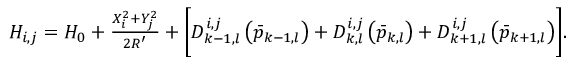
\begin{array} { r } { H _ { i , j } = H _ { 0 } + \frac { X _ { i } ^ { 2 } + Y _ { j } ^ { 2 } } { 2 R ^ { \prime } } + \biggl [ D _ { k - 1 , l } ^ { i , j } \left( \Bar { p } _ { k - 1 , l } \right) + D _ { k , l } ^ { i , j } \left( \Bar { p } _ { k , l } \right) + D _ { k + 1 , l } ^ { i , j } \left( \Bar { p } _ { k + 1 , l } \right) \biggr ] . } \end{array}